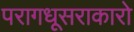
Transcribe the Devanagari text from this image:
परागधूसराकारो